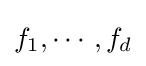
f_{1},\cdots ,f_{d}